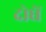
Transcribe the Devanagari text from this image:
दोघें